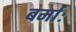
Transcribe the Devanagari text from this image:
बर्माः